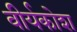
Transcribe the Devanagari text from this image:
वीर्यकोश